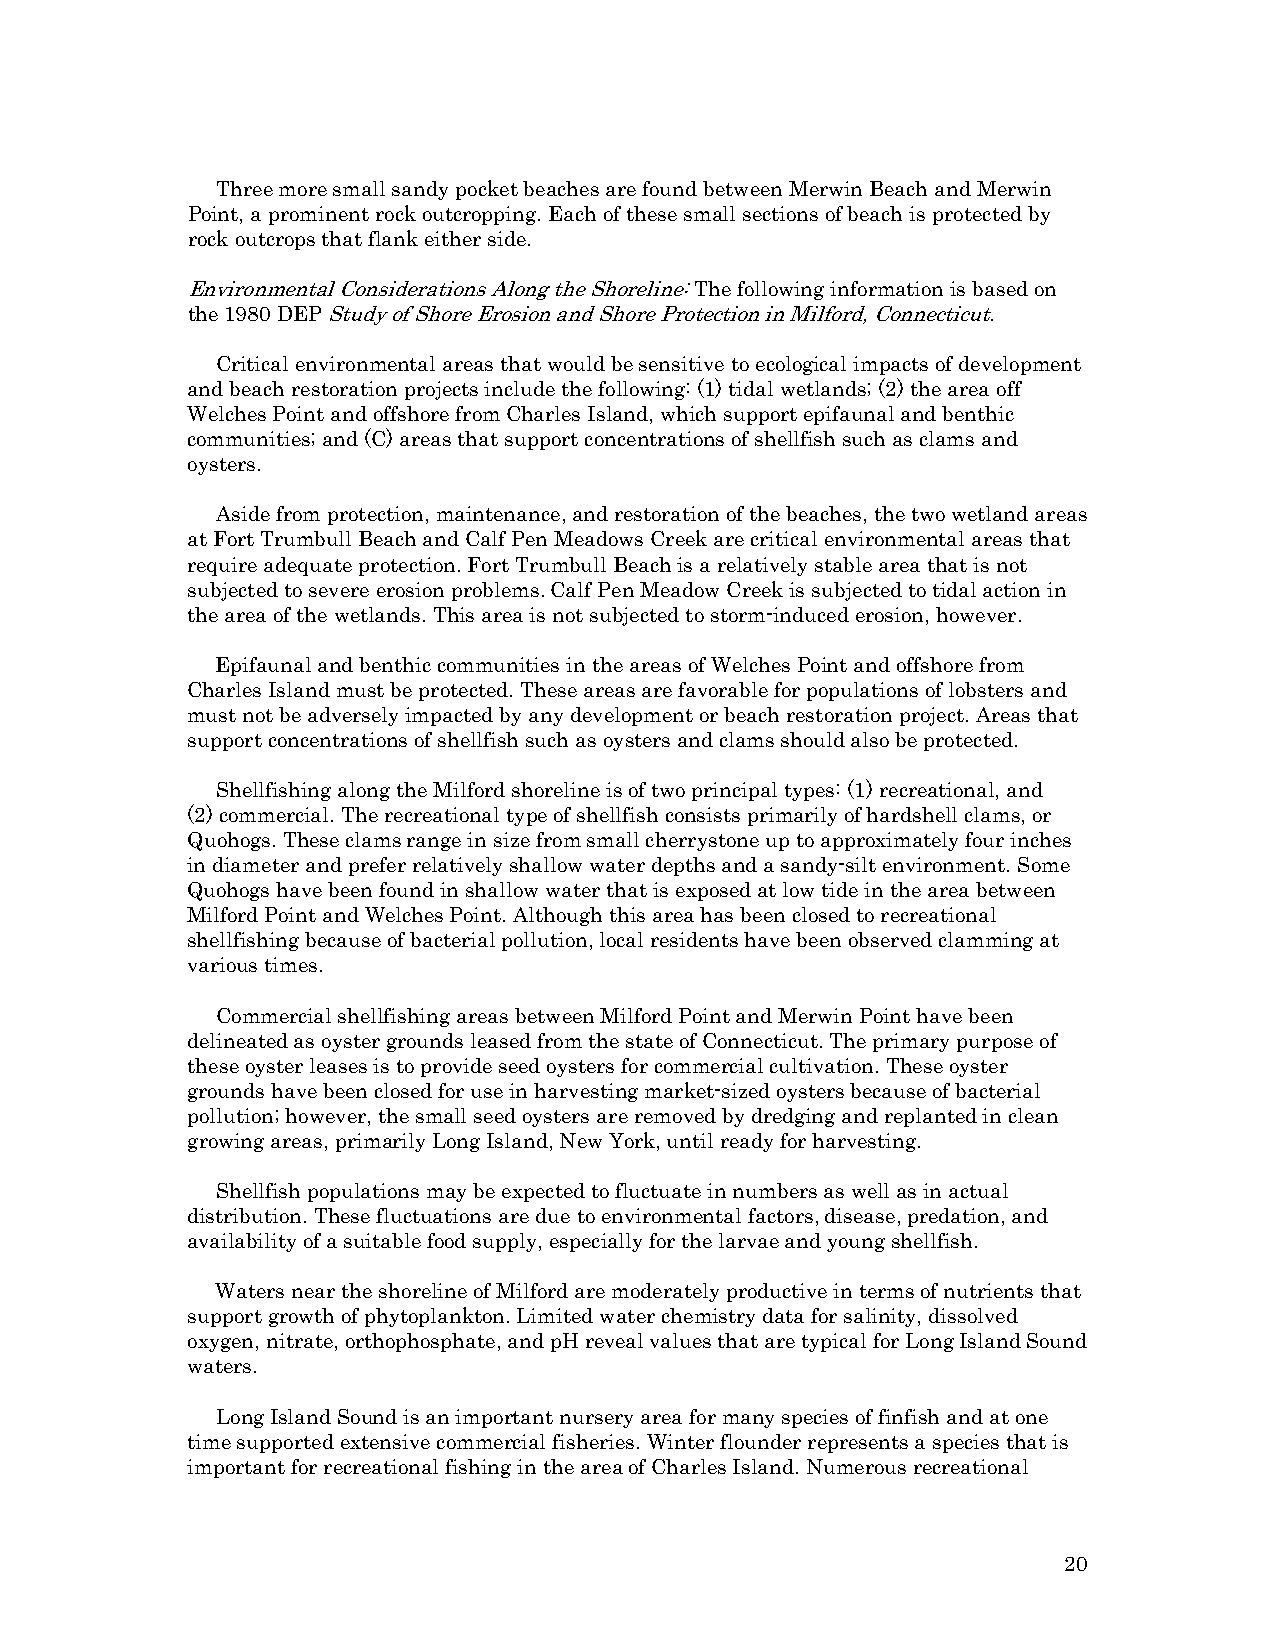
Three more small sandy pocket beaches are found between Merwin Beach and Merwin
 Point, a prominent rock outcropping. Each of these small sections of beach is protected by
 rock outcrops that flank either side.
 Environmental Considerations Along the Shoreline: The following information is based on
 the 1980 DEP Study of Shore Erosion and Shore Protection in Milford, Connecticut.
 Critical environmental areas that would be sensitive to ecological impacts of development
 and beach restoration projects include the following: (1) tidal wetlands; (2) the area off
 Welches Point and offshore from Charles Island, which support epifaunal and benthic
 communities; and (C) areas that support concentrations of shellfish such as clams and
 oysters.
 Aside from protection, maintenance, and restoration of the beaches, the two wetland areas
 at Fort Trumbull Beach and Calf Pen Meadows Creek are critical environmental areas that
 require adequate protection. Fort Trumbull Beach is a relatively stable area that is not
 subjected to severe erosion problems. Calf Pen Meadow Creek is subjected to tidal action in
 the area of the wetlands. This area is not subjected to storm-induced erosion, however.
 Epifaunal and benthic communities in the areas of Welches Point and offshore from
 Charles Island must be protected. These areas are favorable for populations of lobsters and
 must not be adversely impacted by any development or beach restoration project. Areas that
 support concentrations of shellfish such as oysters and clams should also be protected.
 Shellfishing along the Milford shoreline is of two principal types: (1) recreational, and
 (2) commercial. The recreational type of shellfish consists primarily of hardshell clams, or
 Quohogs. These clams range in size from small cherrystone up to approximately four inches
 in diameter and prefer relatively shallow water depths and a sandy-silt environment. Some
 Quohogs have been found in shallow water that is exposed at low tide in the area between
 Milford Point and Welches Point. Although this area has been closed to recreational
 shellfishing because of bacterial pollution, local residents have been observed clamming at
 various times.
 Commercial shellfishing areas between Milford Point and Merwin Point have been
 delineated as oyster grounds leased from the state of Connecticut. The primary purpose of
 these oyster leases is to provide seed oysters for commercial cultivation. These oyster
 grounds have been closed for use in harvesting market-sized oysters because of bacterial
 pollution; however, the small seed oysters are removed by dredging and replanted in clean
 growing areas, primarily Long Island, New York, until ready for harvesting.
 Shellfish populations may be expected to fluctuate in numbers as well as in actual
 distribution. These fluctuations are due to environmental factors, disease, predation, and
 availability of a suitable food supply, especially for the larvae and young shellfish.
 Waters near the shoreline of Milford are moderately productive in terms of nutrients that
 support growth of phytoplankton. Limited water chemistry data for salinity, dissolved
 oxygen, nitrate, orthophosphate, and pH reveal values that are typical for Long Island Sound
 waters.
 Long Island Sound is an important nursery area for many species of finfish and at one
 time supported extensive commercial fisheries. Winter flounder represents a species that is
 important for recreational fishing in the area of Charles Island. Numerous recreational
 20